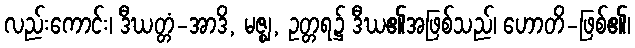
လည်းကောင်း၊ ဒီဃတ္တံ-အာဒိ, မဇ္ဈ, ဥတ္တရ၌ ဒီဃ၏အဖြစ်သည်၊ ဟောတိ-ဖြစ်၏၊